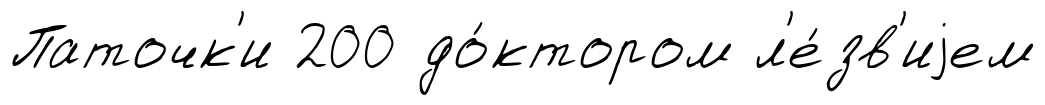
Паточк'и 200 до́ктором л'е́зв'иjем